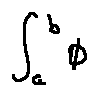
\int \limits _ { a } ^ { b } \phi